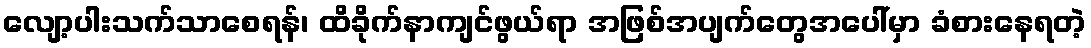
လျော့ပါးသက်သာစေရန်၊ ထိခိုက်နာကျင်ဖွယ်ရာ အဖြစ်အပျက်တွေအပေါ်မှာ ခံစားနေရတဲ့